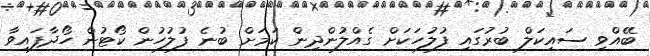
ބޭއްވި ސައިކަލް ބުރުގައި ފުލުހަކަށް ގެއްލުންދިން ކަމަށް ބުނެ ފުލުހުން ކޯޓުން ހޯދާފައިވާ